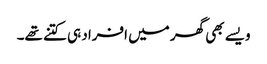
ویسے بھی گھر میں افراد ہی کتنے تھے۔